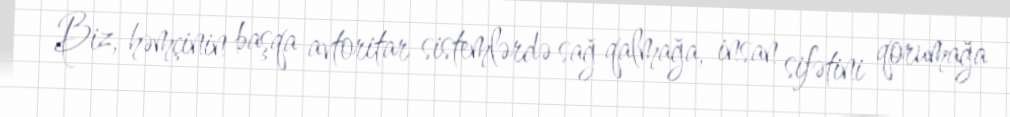
Biz, həmçinin başqa avtoritar sistemlərdə sağ qalmağa, insan sifətini qorumağa